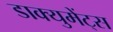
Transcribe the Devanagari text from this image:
डाक्युमेंट्स